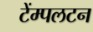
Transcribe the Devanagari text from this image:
टेंम्पलटन